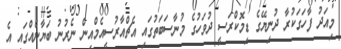
މިއަދު ފާހަގަކުރާ ދުނިޔޭގެ ޑިމޮކްރަސީ ދުވަހުގެ މުނާސަބަތުގައި އެޗްއާރުސީއެމްއިން ނެރުނު ބަޔާނެއްގައި އެ